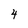
Character: 4